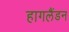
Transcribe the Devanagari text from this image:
हागलैंडन